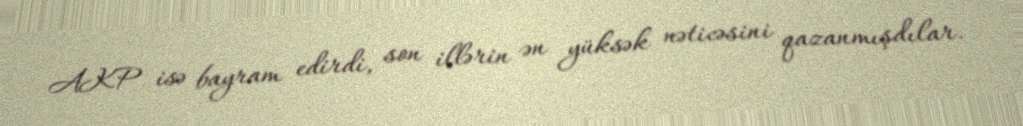
AKP isə bayram edirdi, son illərin ən yüksək nəticəsini qazanmışdılar.